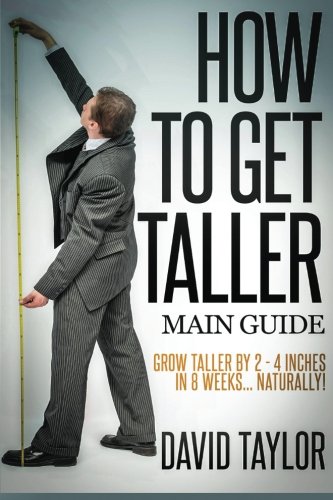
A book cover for How to Get Taller: Grow Taller By 4 Inches In 8 Weeks, Even After Puberty! (Grow Taller Naturally) (Volume 1); David Taylor; Health, Fitness & Dieting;